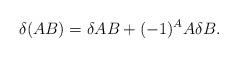
LaTeX: \begin{align*}\delta (AB) = \delta AB + (-1)^{A} A \delta B.\end{align*}